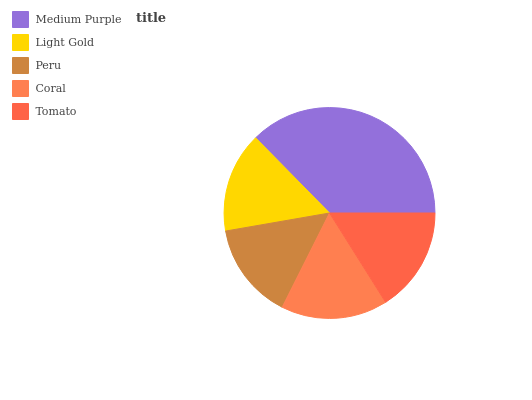
| Medium Purple | Light Gold | Peru | Coral | Tomato |
 | --- | --- | --- | --- | --- |
 | 37.4% | 15.4% | 14.8% | 16.4% | 16.1% |